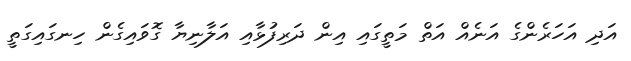
އަދި އަހަރެންގެ އަނެއް އަތް މަތީގައި އިން ދަރިފުޅާއި އަލާނިޔާ ގޮވައިގެން ހިނގައިގަތީ